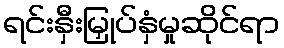
ရင်းနှီးမြှုပ်နှံမှုဆိုင်ရာ